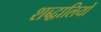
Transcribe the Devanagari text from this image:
शब्द्वालियों